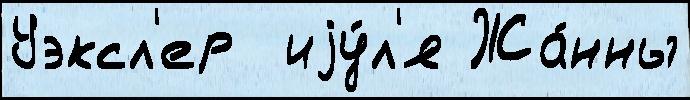
Уэксл'ер  иjу́л'я Жа́нны